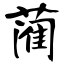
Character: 蔺